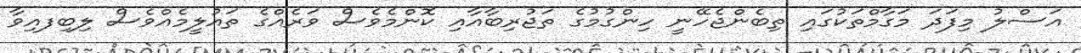
އަސްލު މިފަދަ މަގާމްތަކުގައި ތިބެންޖެހޭނީ ހިންގުމުގެ ތަޖުރިބާއާއި ކޮންމެވެސް ވަރެއްގެ ތައުލީމެއްވެސް ލިބިފއިވާ